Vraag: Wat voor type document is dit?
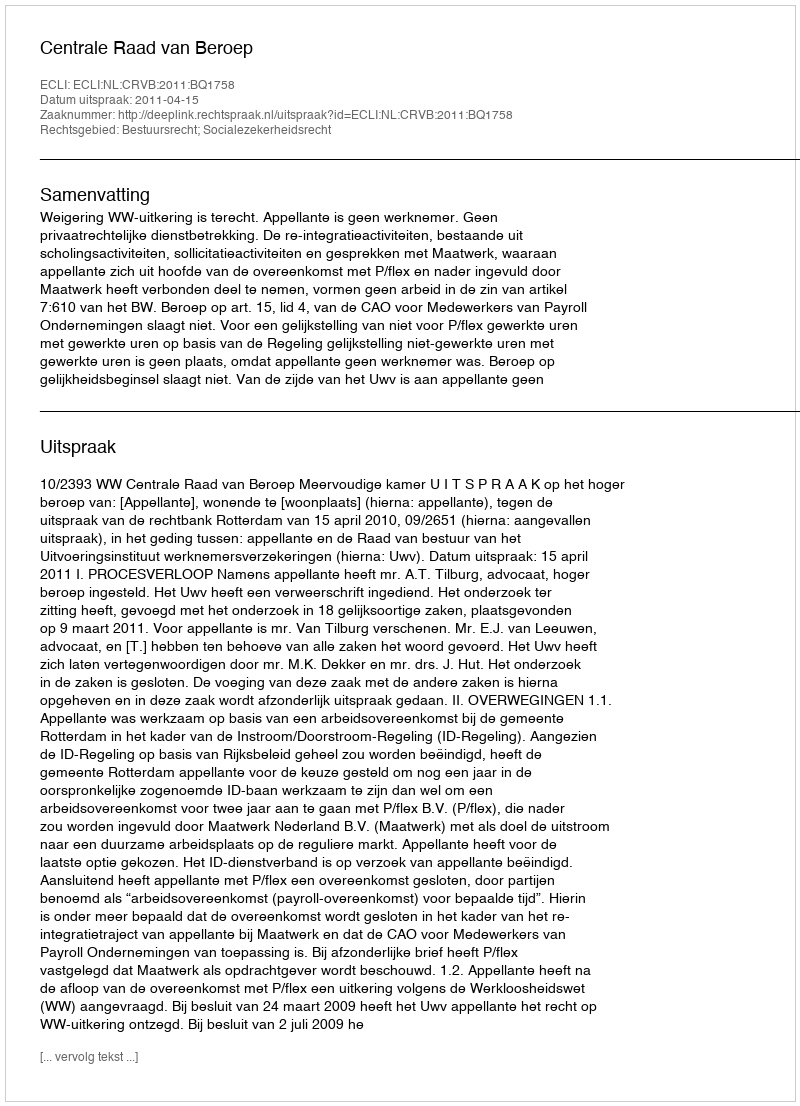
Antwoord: Uitspraak